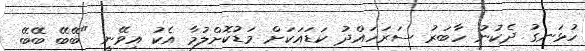
ހުޅަނގު ދެކުނު ހާބަރު ސަރަހައްދު ކަޑައަކަށް މަޑުކޮށްލުމާ އެކު އިވޭނީ "ބޭބޭ ބޭބޭ